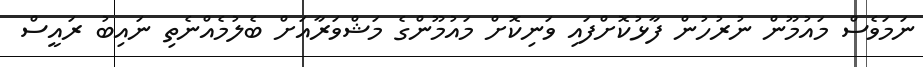
ނަމަވެސް މައުމޫން ނުރުހުން ފާޅުކޮށްފައި ވަނިކޮށް މައުމޫންގެ މަޝްވަރާއަށް ބެލުމެއްނެތި ނައިބު ރައީސް